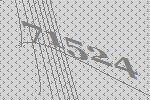
71524